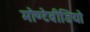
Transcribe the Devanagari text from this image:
मोण्टेवीडियो